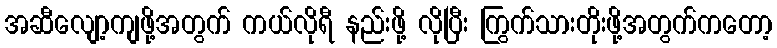
အဆီလျော့ကျဖို့အတွက် ကယ်လိုရီ နည်းဖို့ လိုပြီး ကြွက်သားတိုးဖို့အတွက်ကတော့